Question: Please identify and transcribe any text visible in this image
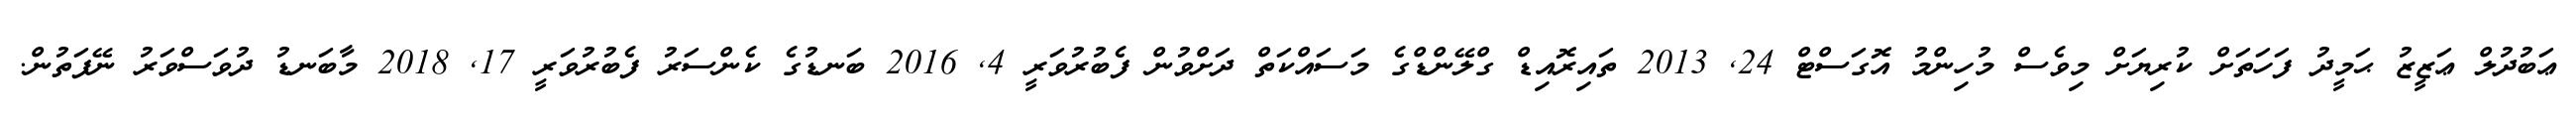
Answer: ޢަބުދުލް ޢަޒީޒު ޙަމީދު ފަހަތަށް ކުރިޔަށް މިވެސް މުހިންމު އޮގަސްޓް 24, 2013 ތައިރޮއިޑް ގްލޭންޑްގެ މަސައްކަތް ދަށްވުން ފެބުރުވަރީ 4, 2016 ބަނޑުގެ ކެންސަރު ފެބުރުވަރީ 17, 2018 މާބަނޑު ދުވަސްވަރު ނޭފަތުން.